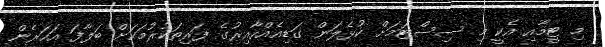
މި ޓީމާއި އެކީ މި ސިސްޓަމަށް ކުޅެލަން ގަޑިއެއްހާއިރުގެ ފަރިތަކުރުމަކަށް ބަލާފަ އަހަރެން